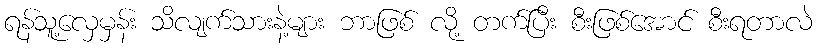
ရန်သူ့လှေမှန်း သိလျက်သားနဲ့များ ဘာဖြစ် လို့ တက်ပြီး စီးဖြစ်အောင် စီးရတာလဲ